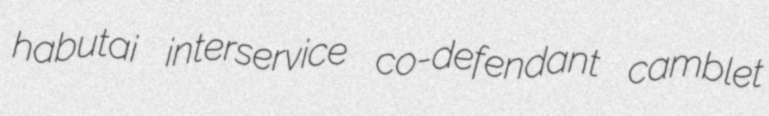
habutai interservice co-defendant camblet